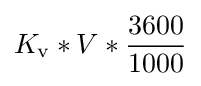
K_{\text{v}}*V*{\frac {3600}{1000}}